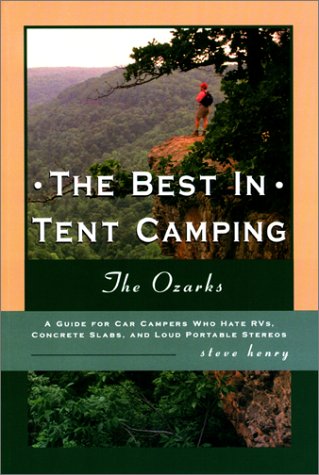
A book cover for The Best in Tent Camping: The Ozarks (Best in Tent Camping - Menasha Ridge); Steve Henry; Travel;